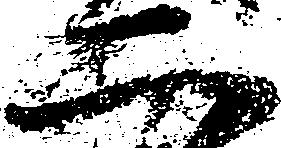
二